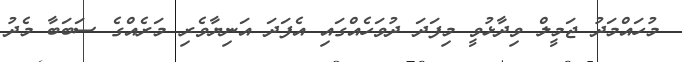
މުހައްމަދު ޖަމީލް ވިދާޅުވީ މިފަދަ ދުވަހެއްގައި އެފަދަ އަނިޔާވެރި މަރެއްގެ ސަބަބާ މެދު